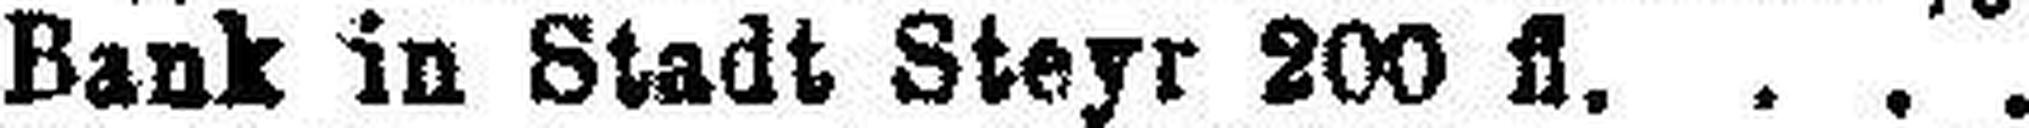
Bank in Stadt Steyr 200 fl.